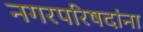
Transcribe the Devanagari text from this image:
नगरपरिषदांना